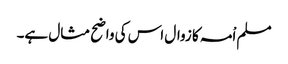
مسلم اْمہ کا زوال اس کی واضح مثال ہے۔